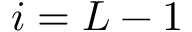
i = L - 1